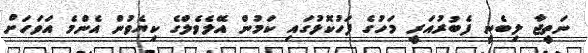
ނަތީޖާ ލިބެނީ ފެބުރުއަރީ މަހުގެ ފަހުކޮޅުގައި ކަމުން އޭލެވެލްގެ ކިޔެވުން އެންމެ އަވަހަށް